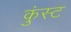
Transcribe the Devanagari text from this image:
कुंस्ट